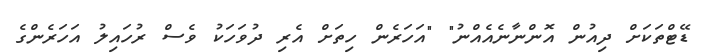
ޑޭޓްތަކަށް ދިއުން އޮންނާނެއެއްނު" "އަހަރެން ހިތަށް އެރި ދުވަހަކު ވެސް ރުހައިލު އަހަރެންގެ